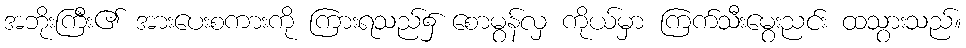
အဘိုးကြီး၏ အားပေးစကားကို ကြားရသည်၌ စောမွန်လှ ကိုယ်မှာ ကြက်သီးမွေးညင်း ထသွားသည်။